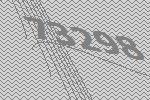
73298